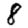
Digit: 8